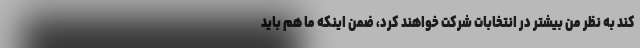
کند به نظر من بیشتر در انتخابات شرکت خواهند کرد، ضمن اینکه ما هم باید